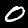
Label: 0